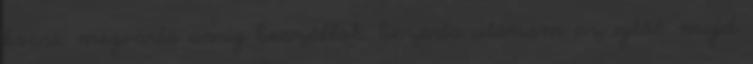
kocsi, megvárta amíg beszállok, bezárta utánam az ajtót, majd